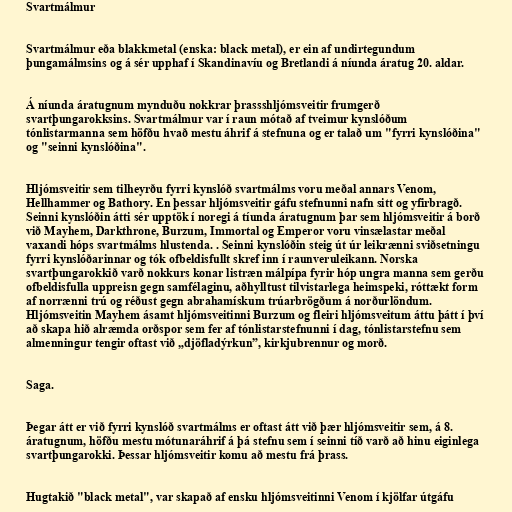
Svartmálmur

Svartmálmur eða blakkmetal (enska: black metal), er ein af undirtegundum
þungamálmsins og á sér upphaf í Skandinavíu og Bretlandi á níunda áratug 20. aldar.

Á níunda áratugnum mynduðu nokkrar þrassshljómsveitir frumgerð
svartþungarokksins. Svartmálmur var í raun mótað af tveimur kynslóðum
tónlistarmanna sem höfðu hvað mestu áhrif á stefnuna og er talað um "fyrri kynslóðina"
og "seinni kynslóðina".

Hljómsveitir sem tilheyrðu fyrri kynslóð svartmálms voru meðal annars Venom,
Hellhammer og Bathory. En þessar hljómsveitir gáfu stefnunni nafn sitt og yfirbragð.
Seinni kynslóðin átti sér upptök í noregi á tíunda áratugnum þar sem hljómsveitir á borð
við Mayhem, Darkthrone, Burzum, Immortal og Emperor voru vinsælastar meðal
vaxandi hóps svartmálms hlustenda. . Seinni kynslóðin steig út úr leikrænni sviðsetningu
fyrri kynslóðarinnar og tók ofbeldisfullt skref inn í raunveruleikann. Norska
svartþungarokkið varð nokkurs konar listræn málpípa fyrir hóp ungra manna sem gerðu
ofbeldisfulla uppreisn gegn samfélaginu, aðhylltust tilvistarlega heimspeki, róttækt form
af norrænni trú og réðust gegn abrahamískum trúarbrögðum á norðurlöndum.
Hljómsveitin Mayhem ásamt hljómsveitinni Burzum og fleiri hljómsveitum áttu þátt í því
að skapa hið alræmda orðspor sem fer af tónlistarstefnunni í dag, tónlistarstefnu sem
almenningur tengir oftast við „djöfladýrkun”, kirkjubrennur og morð.

Saga.

Þegar átt er við fyrri kynslóð svartmálms er oftast átt við þær hljómsveitir sem, á 8.
áratugnum, höfðu mestu mótunaráhrif á þá stefnu sem í seinni tíð varð að hinu eiginlega
svartþungarokki. Þessar hljómsveitir komu að mestu frá þrass.

Hugtakið "black metal", var skapað af ensku hljómsveitinni Venom í kjölfar útgáfu